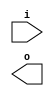
module buffer( i , o );
  input i ;
  output o ;
endmodule
module inverter( i , o );
  input i ;
  output o ;
endmodule
module top( x0 , x1 , x2 , x3 , x4 , x5 , x6 , x7 , x8 , x9 , x10 , x11 , x12 , x13 , x14 , x15 , y0 , y1 , y2 , y3 , y4 );
  input x0 , x1 , x2 , x3 , x4 , x5 , x6 , x7 , x8 , x9 , x10 , x11 , x12 , x13 , x14 , x15 ;
  output y0 , y1 , y2 , y3 , y4 ;
  wire n17 , n18 , n19 , n20 , n21 , n22 , n23 , n24 , n25 , n26 , n27 , n28 , n29 , n30 , n31 , n32 , n33 , n34 , n35 , n36 , n37 , n38 , n39 , n40 , n41 , n42 , n43 , n44 , n45 , n46 , n47 , n48 , n49 , n50 , n51 , n52 , n53 , n54 , n55 , n56 , n57 , n58 , n59 , n60 , n61 , n62 , n63 , n64 , n65 , n66 , n67 , n68 , n69 , n70 , n71 , n72 , n73 , n74 , n75 , n76 , n77 , n78 , n79 , n80 , n81 , n82 , n83 , n84 , n85 , n86 , n87 , n88 , n89 , n90 , n91 , n92 , n93 , n94 , n95 , n96 , n97 , n98 , n99 , n100 , n101 , n102 , n103 , n104 , n105 , n106 , n107 , n108 , n109 , n110 ;
  assign n17 = x14 & x15 ;
  buffer buf_n18( .i (n17), .o (n18) );
  buffer buf_n19( .i (n18), .o (n19) );
  buffer buf_n20( .i (n19), .o (n20) );
  buffer buf_n21( .i (n20), .o (n21) );
  buffer buf_n22( .i (n21), .o (n22) );
  buffer buf_n23( .i (n22), .o (n23) );
  buffer buf_n24( .i (n23), .o (n24) );
  buffer buf_n25( .i (n24), .o (n25) );
  buffer buf_n26( .i (n25), .o (n26) );
  assign n27 = x12 | x13 ;
  buffer buf_n28( .i (n27), .o (n28) );
  buffer buf_n29( .i (n28), .o (n29) );
  buffer buf_n30( .i (n29), .o (n30) );
  buffer buf_n31( .i (n30), .o (n31) );
  buffer buf_n32( .i (n31), .o (n32) );
  buffer buf_n33( .i (n32), .o (n33) );
  buffer buf_n34( .i (n33), .o (n34) );
  assign n35 = x4 | x5 ;
  buffer buf_n36( .i (n35), .o (n36) );
  buffer buf_n37( .i (n36), .o (n37) );
  buffer buf_n38( .i (n37), .o (n38) );
  assign n39 = x0 | x1 ;
  buffer buf_n40( .i (n39), .o (n40) );
  assign n41 = x2 & x3 ;
  buffer buf_n42( .i (n41), .o (n42) );
  assign n43 = ( n36 & n40 ) | ( n36 & n42 ) | ( n40 & n42 ) ;
  buffer buf_n44( .i (n43), .o (n44) );
  assign n49 = ( ~n36 & n40 ) | ( ~n36 & n42 ) | ( n40 & n42 ) ;
  buffer buf_n50( .i (n49), .o (n50) );
  assign n51 = ( n38 & ~n44 ) | ( n38 & n50 ) | ( ~n44 & n50 ) ;
  buffer buf_n52( .i (n51), .o (n52) );
  assign n53 = x10 & x11 ;
  buffer buf_n54( .i (n53), .o (n54) );
  buffer buf_n55( .i (n54), .o (n55) );
  buffer buf_n56( .i (n55), .o (n56) );
  assign n57 = x6 & x7 ;
  buffer buf_n58( .i (n57), .o (n58) );
  assign n59 = x8 | x9 ;
  buffer buf_n60( .i (n59), .o (n60) );
  assign n61 = ( n54 & n58 ) | ( n54 & n60 ) | ( n58 & n60 ) ;
  buffer buf_n62( .i (n61), .o (n62) );
  assign n67 = ( ~n54 & n58 ) | ( ~n54 & n60 ) | ( n58 & n60 ) ;
  buffer buf_n68( .i (n67), .o (n68) );
  assign n69 = ( n56 & ~n62 ) | ( n56 & n68 ) | ( ~n62 & n68 ) ;
  buffer buf_n70( .i (n69), .o (n70) );
  assign n71 = ( n32 & n52 ) | ( n32 & n70 ) | ( n52 & n70 ) ;
  buffer buf_n72( .i (n71), .o (n72) );
  assign n75 = ( ~n32 & n52 ) | ( ~n32 & n70 ) | ( n52 & n70 ) ;
  buffer buf_n76( .i (n75), .o (n76) );
  assign n77 = ( n34 & ~n72 ) | ( n34 & n76 ) | ( ~n72 & n76 ) ;
  buffer buf_n78( .i (n77), .o (n78) );
  assign n79 = n26 & n78 ;
  buffer buf_n80( .i (n79), .o (n80) );
  assign n81 = n26 | n78 ;
  buffer buf_n82( .i (n81), .o (n82) );
  assign n83 = ~n80 & n82 ;
  buffer buf_n84( .i (n83), .o (n84) );
  buffer buf_n85( .i (n84), .o (n85) );
  buffer buf_n86( .i (n85), .o (n86) );
  buffer buf_n87( .i (n86), .o (n87) );
  buffer buf_n73( .i (n72), .o (n73) );
  buffer buf_n74( .i (n73), .o (n74) );
  buffer buf_n45( .i (n44), .o (n45) );
  buffer buf_n46( .i (n45), .o (n46) );
  buffer buf_n47( .i (n46), .o (n47) );
  buffer buf_n48( .i (n47), .o (n48) );
  buffer buf_n63( .i (n62), .o (n63) );
  buffer buf_n64( .i (n63), .o (n64) );
  buffer buf_n65( .i (n64), .o (n65) );
  buffer buf_n66( .i (n65), .o (n66) );
  assign n88 = ( n48 & n66 ) | ( n48 & n72 ) | ( n66 & n72 ) ;
  buffer buf_n89( .i (n88), .o (n89) );
  assign n94 = ( n48 & n66 ) | ( n48 & ~n72 ) | ( n66 & ~n72 ) ;
  buffer buf_n95( .i (n94), .o (n95) );
  assign n96 = ( n74 & ~n89 ) | ( n74 & n95 ) | ( ~n89 & n95 ) ;
  buffer buf_n97( .i (n96), .o (n97) );
  assign n98 = n80 & n97 ;
  buffer buf_n99( .i (n98), .o (n99) );
  assign n100 = n80 | n97 ;
  buffer buf_n101( .i (n100), .o (n101) );
  assign n102 = ~n99 & n101 ;
  buffer buf_n103( .i (n102), .o (n103) );
  buffer buf_n104( .i (n103), .o (n104) );
  buffer buf_n90( .i (n89), .o (n90) );
  buffer buf_n91( .i (n90), .o (n91) );
  buffer buf_n92( .i (n91), .o (n92) );
  buffer buf_n93( .i (n92), .o (n93) );
  assign n105 = n93 & n99 ;
  buffer buf_n106( .i (n105), .o (n106) );
  assign n108 = n93 | n99 ;
  buffer buf_n109( .i (n108), .o (n109) );
  assign n110 = ~n106 & n109 ;
  buffer buf_n107( .i (n106), .o (n107) );
  assign y0 = 1'b0 ;
  assign y1 = n87 ;
  assign y2 = n104 ;
  assign y3 = n110 ;
  assign y4 = n107 ;
endmodule